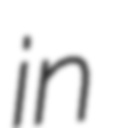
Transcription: in